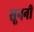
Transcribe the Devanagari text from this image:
सूननी